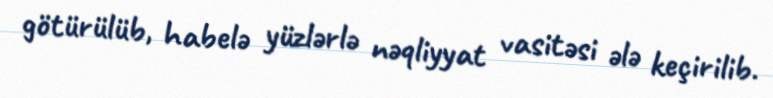
götürülüb, habelə yüzlərlə nəqliyyat vasitəsi ələ keçirilib.